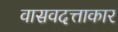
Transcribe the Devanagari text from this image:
वासवदत्ताकार